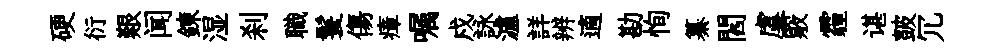
硬衍艱闻錬湿刹職鬟傷瘴嘱戍詠瀘詳辨適勘恂纂閻虞覈霾谌皷冗